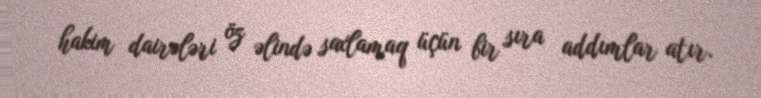
hakim dairələri öz əlində saxlamaq üçün bir sıra addımlar atır.